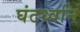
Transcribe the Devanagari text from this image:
घंटध्वनि